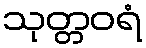
သုတ္တဝရံ